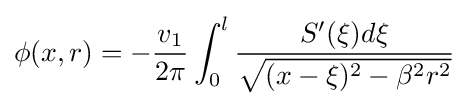
\phi (x,r)=-{\frac {v_{1}}{2\pi }}\int _{0}^{l}{\frac {S'(\xi )d\xi }{\sqrt {(x-\xi )^{2}-\beta ^{2}r^{2}}}}